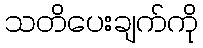
သတိပေးချက်ကို